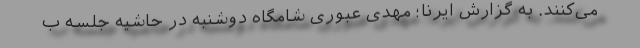
می‌کنند. به گزارش ایرنا؛ مهدی عبوری شامگاه دوشنبه در حاشیه جلسه ب